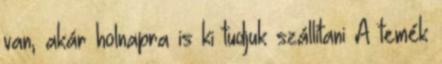
van, akár holnapra is ki tudjuk szállítani A temék